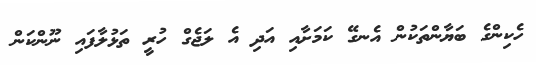
ހެކިންގެ ބަޔާންތަކުން އެނގޭ ކަމަށާއި އަދި އެ ލަޖެގް ހުރީ ތަޅުލާފައި ނޫންކަން